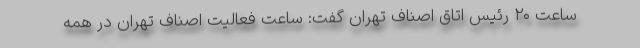
ساعت ۲۰ رئیس اتاق اصناف تهران گفت: ساعت فعالیت اصناف تهران در همه